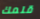
قلمك